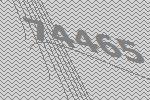
74465